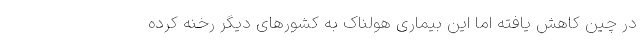
در چین کاهش یافته اما این بیماری هولناک به کشورهای دیگر رخنه کرده